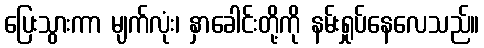
ပြေးသွားကာ မျက်လုံး၊ နှာခေါင်းတို့ကို နမ်းရှုပ်နေလေသည်။